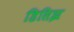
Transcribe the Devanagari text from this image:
डिसिझ